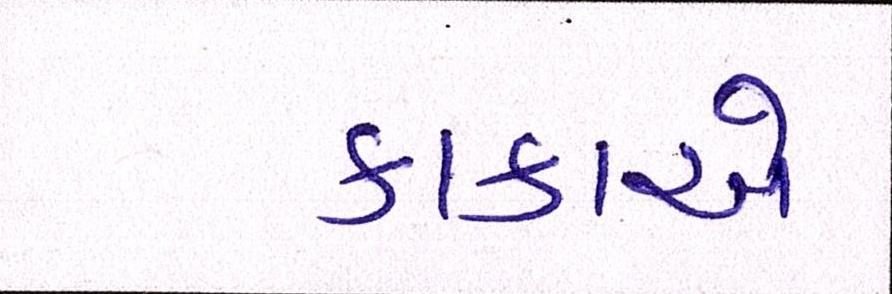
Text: કાકાએ